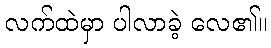
လက်ထဲမှာ ပါလာခဲ့ လေ၏။